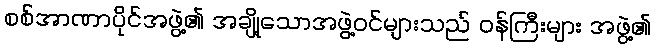
စစ်အာဏာပိုင်အဖွဲ့၏ အချို့သောအဖွဲ့ဝင်များသည် ဝန်ကြီးများ အဖွဲ့၏